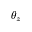
\theta _ { z }